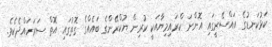
ކަޅުކަނޑުގެ އައްސޭރީގައި އޮންނަ ކްރައިމިޔާއަކީ ކުރިން ޔުކްރޭންގެ ބައެއްގެ ގޮތުގައި އޮތް ސަރަހައްދެކެވެ.